Vaccination in Bombay 1902-1912 - 1902-1912
Year: 1902
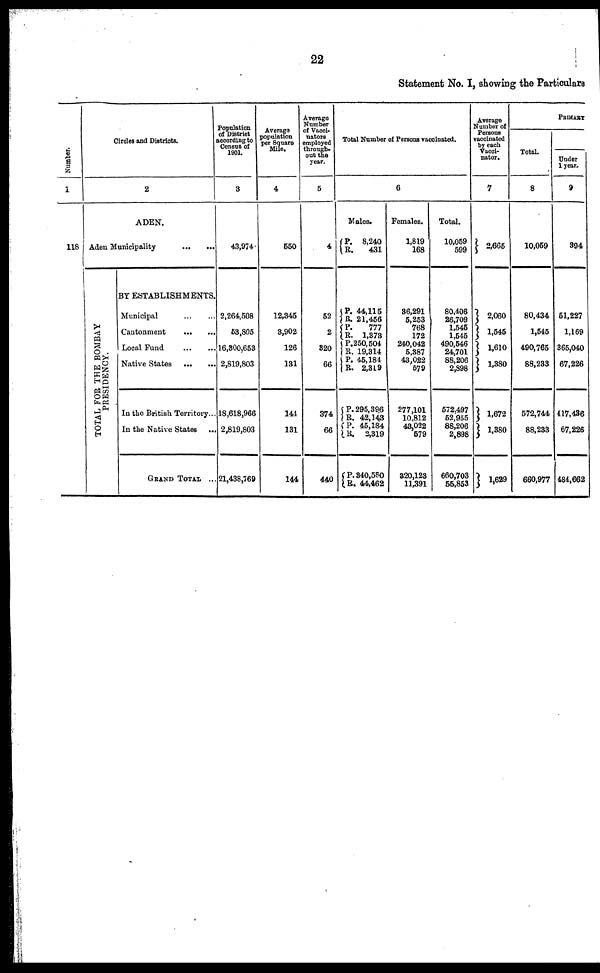
22
Statement No. I, showing the Particulars
Number.
1
118
Circles and Districts.
2
ADEN.
Aden Municipality
... ...
TOTAL FOR THE BOMBAY
PRESIDENCY.
BY ESTABLISHMENTS.
Municipal
...
...
Cantonment
...
...
Local Fund
...
...
Native States
...
...
In the British Territory...
In the Native States
...
GRAND TOTAL ...
Population
of District
according to
Census of
1901.
3
43,974
2,264,508
53,805
16,300,653
2,819,803
18,618,966
2,819,803
21,438,769
Average
population
per Square
Mile.
4
550
12,345
3,902
126
131
144
131
144
Average
Number
of Vacci¬
nators
employed
through-
out the
year.
5
4
52
2
320
66
374
66
440
Total Number of Persons vaccinated.
6
Males.
P.
R.
8,240
431
P.
R. P. R.
P.
R.
P.
R.
P.
R.
P.
R.
P.
R.
44,115
21,456
777
1,373
250,504
19,314
45,184
2,319
295,396
42,143
45,184
2,319
340,580
44,462
Females.
1,819
168
36,291
5,253
768
172
240,042
5,387
43,022
579
277,101
10,812
43,022
579
320,123
11,391
Total.
10,059
599
80,406
26,709
1,545
1,545
490,546
24,701
88,206
2,898
572,497
52,955
88,206
2,898
660,703
55,853
Average
Number of
Persons
vaccinated
by each
Vacci¬
nator.
7
2,665
2,060
1,545
1,610
1,380
1,672
1,380
1,629
PRIMARY
Total.
8
10,059
80,434
1,545
490,765
88,233
572,744
88,233
660,977
Under
1 year.
9
394
51,227
1,169
365,040
67,226
417,436
67,226
484,662